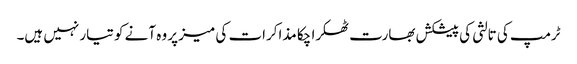
ٹرمپ کی تالثی کی پیشکش بھارت ٹھکرا چکا مذاکرات کی میز پر وہ آنے کو تیار نہیں ہیں۔